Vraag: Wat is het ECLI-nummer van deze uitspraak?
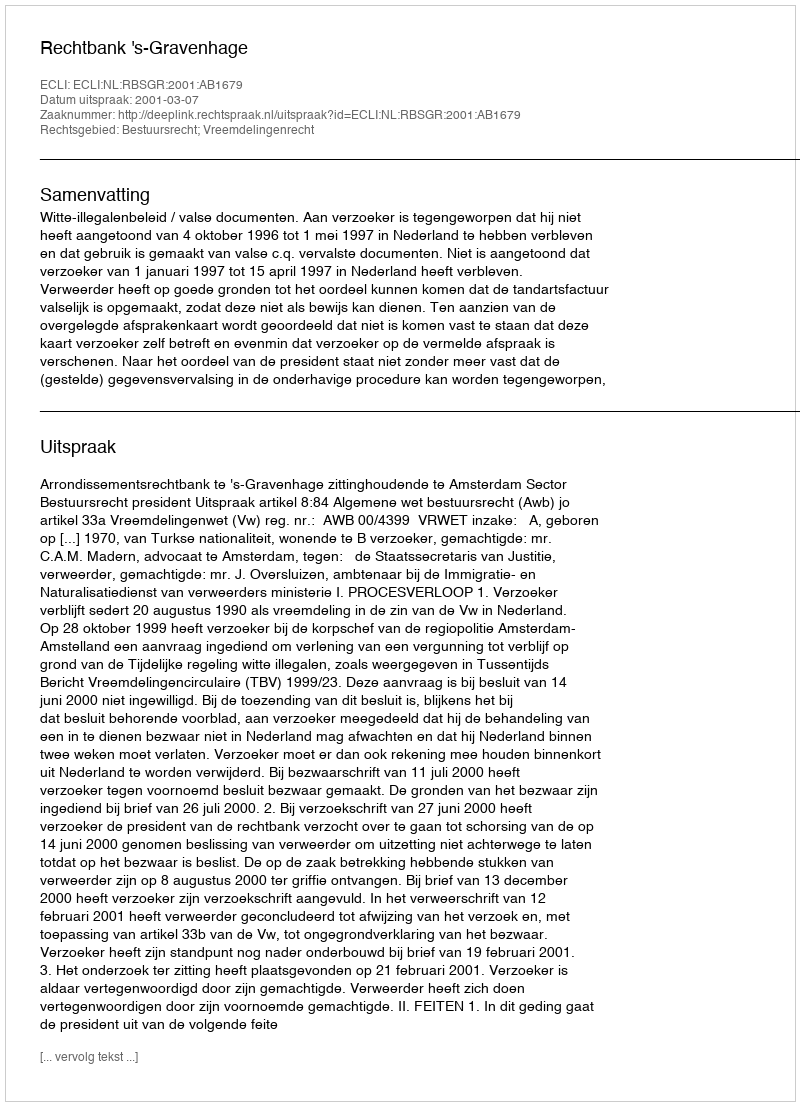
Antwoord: ECLI:NL:RBSGR:2001:AB1679